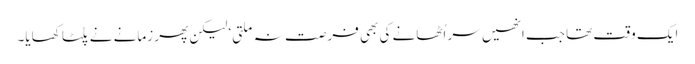
ایک وقت تھا جب انھیں سر اُٹھانے کی بھی فرصت نہ ملتی‘ لیکن پھر زمانے نے پلٹا کھایا۔